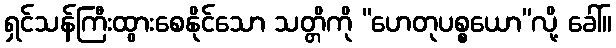
ရှင်သန်ကြီးထွားစေနိုင်သော သတ္တိကို “ဟေတုပစ္စယော”လို့ ခေါ်။